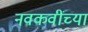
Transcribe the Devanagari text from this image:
नवकवींच्या